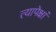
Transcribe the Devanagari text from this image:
त्यापेक्षां